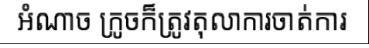
អំណាច ក្រូចក៏ត្រូវតុលាការចាត់ការ